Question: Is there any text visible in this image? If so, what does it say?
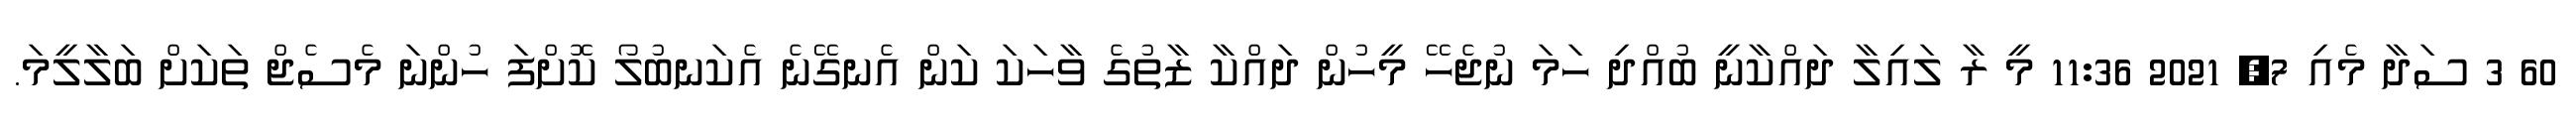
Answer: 60 3 ސަދާ މެއި 7, 2021 11:36 މީ ރާ ލައިލާ ދައްކާނީ ބުއްދި ހަމަ ނުޖެހޭ މީހުން ދައްކާ ޒާތުގެ ވާހަކަ ކަން އެނގޭނެ އެކަނބުލޯ ކޮށްފަ ހުންނަ މެސެޖް ތަކަށް ބަލާލީމަ.